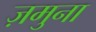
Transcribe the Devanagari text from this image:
ज़मुना